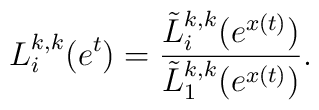
L_{i}^{k,k}(e^{t}) = \frac{\tilde{L}_{i}^{k,k}(e^{x(t)})}{\tilde{L}_{1}^{k,k}(e^{x(t)})}.